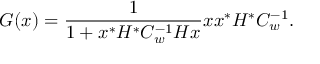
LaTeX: G ( x ) = { \frac { 1 } { 1 + x ^ { * } H ^ { * } C _ { w } ^ { - 1 } H x } } x x ^ { * } H ^ { * } C _ { w } ^ { - 1 } .